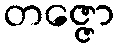
တဇ္ဇော